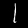
Digit: 1